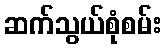
ဆက်သွယ်စုံစမ်း